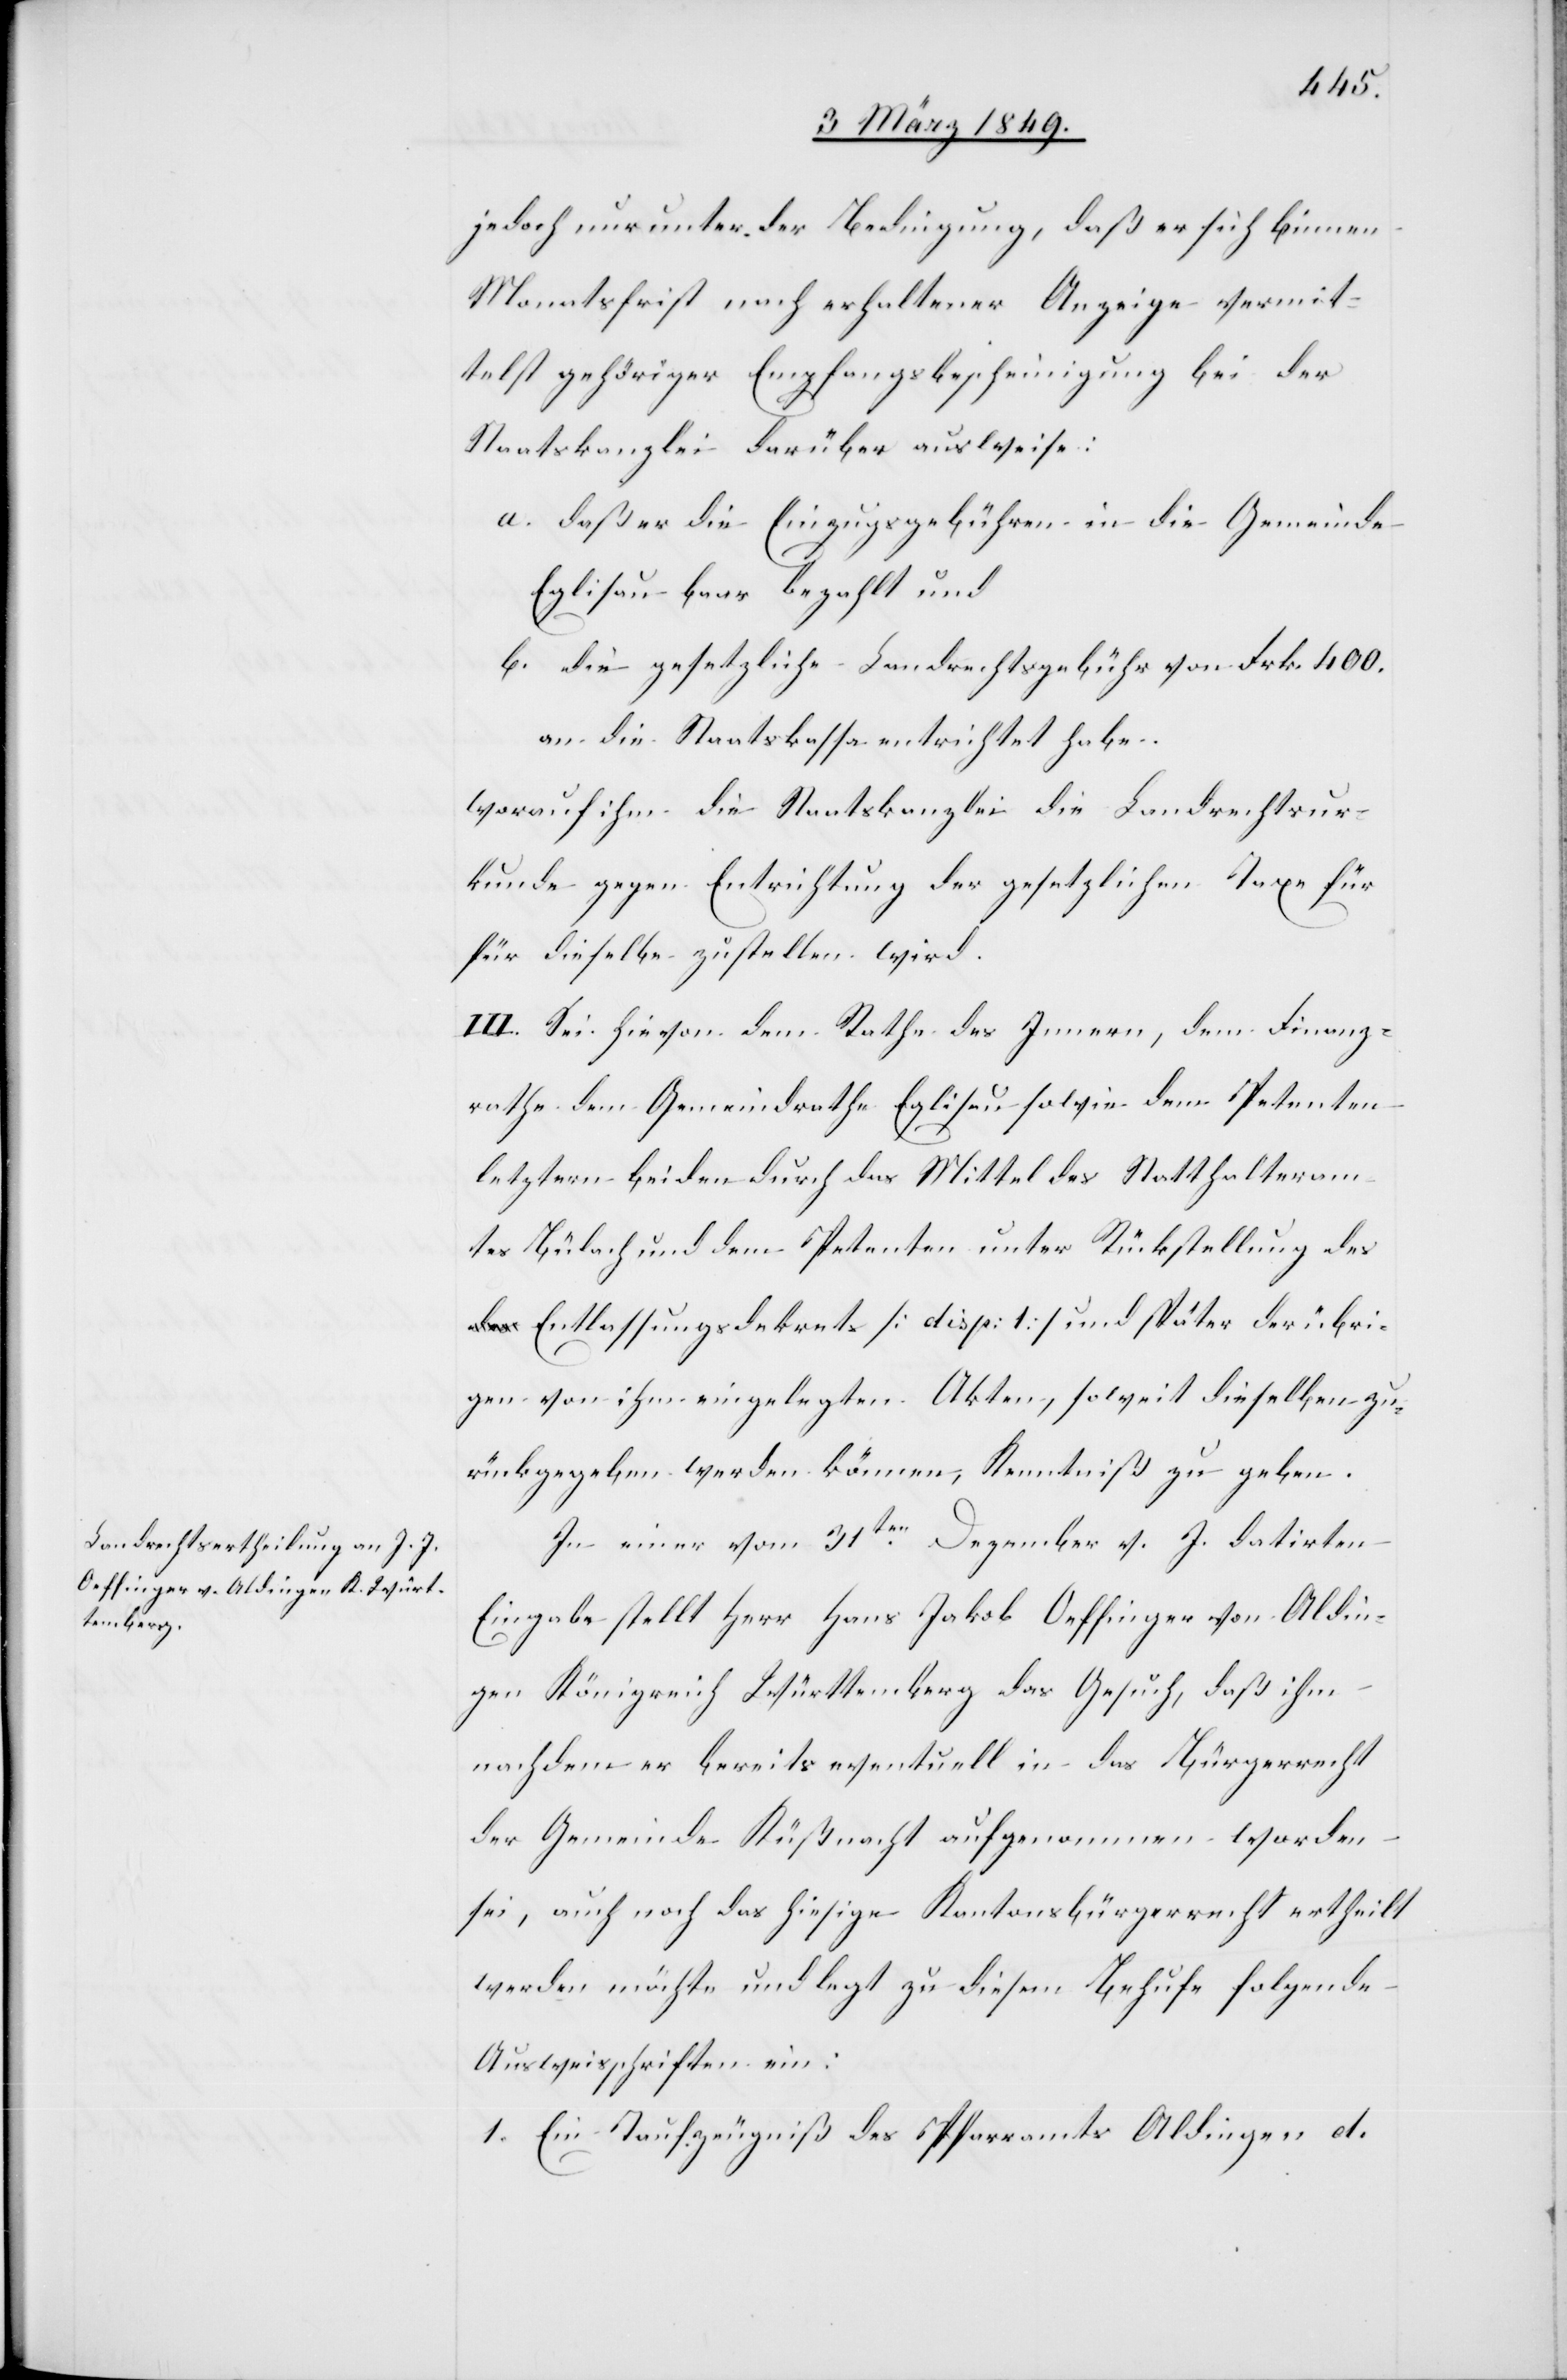
jedoch nur unter der Bedingung, daß er sich binnen
Monatsfrist nach erhaltener Anzeige vermit¬
telst gehöriger Empfangsbescheinigung bei der
Staatskanzlei darüber ausweise:
a. daß er die Einzugsgebühren in die Gemeinde
Eglisau baar bezahlt und
b. die gesetzliche Landrechtsgebühr von Frk[en] 400.
an die Staatskassa entrichtet habe.
worauf ihm die Staatskanzlei die Landrechtsur¬
kunde gegen Entrichtung der gesetzlichen Taxe fü¬
r dieselbe zustellen wird.
III. Sei hievon dem Rathe des Innern, dem Finanz¬
rathe dem Gemeindrathe Eglisau sowie dem Petenten
letztern beiden durch das Mittel des Statthalteram¬
tes Bülach und dem Petenten unter Rückstellung des
Entlassungsdekrets [disp: 1] und später der übri¬
gen von ihm eingelegten Akten, soweit dieselben zu¬
rückgegeben werden können, Kenntniß zu geben.
In einer vom 31ten. Dezember v. J. datirten
Eingabe stellt Herr Hans Jakob Oeffinger von Aldin¬
gen Königreich Württemberg das Gesuch, daß ihm
nachdem er bereits eventuell in das Bürgerrecht
der Gemeinde Küßnacht aufgenommen worden
sei, auch noch das hiesige Kantonsbürgerrecht ertheilt
werden möchte und legt zu diesem Behufe folgende
Ausweisschriften ein:
1. Ein Taufzeugniß des Pfarramts Aldingen d.